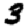
Digit: 3